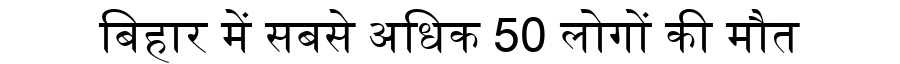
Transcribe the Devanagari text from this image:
बिहार में सबसे अधिक 50 लोगों की मौत